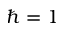
\hbar = 1